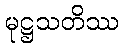
မုဋ္ဌသတိဿ